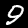
Digit: 9